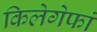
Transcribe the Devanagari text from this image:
किलेगेफां